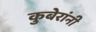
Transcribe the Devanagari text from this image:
कुबेरांनी